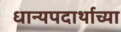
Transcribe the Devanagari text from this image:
धान्यपदार्थाच्या